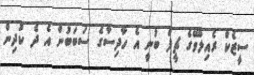
ސީޒެކް ރެއިލްވޭގެ ޗީފް ބުނީ އެ ހާދިސާގެ ސަބަބުން އެ ދެ ކުދިން